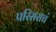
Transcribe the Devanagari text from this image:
परिसराचं